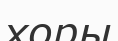
хоры